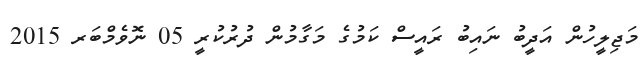
މަޖިލީހުން އަދީބު ނައިބު ރައީސް ކަމުގެ މަގާމުން ދުރުކުރީ 05 ނޮވެމްބަރ 2015